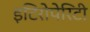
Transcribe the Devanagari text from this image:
इटिरोपेरिटी